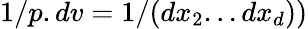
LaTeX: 1/p.dv=1/(dx_{2}...dx_{d}))